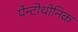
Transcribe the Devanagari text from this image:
पेन्टोथीनिक